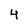
Character: 4